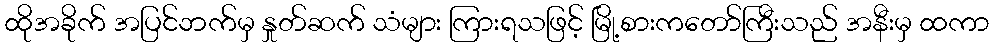
ထိုအခိုက် အပြင်ဘက်မှ နှုတ်ဆက် သံများ ကြားရသဖြင့် မြို့စားကတော်ကြီးသည် အနီးမှ ထကာ